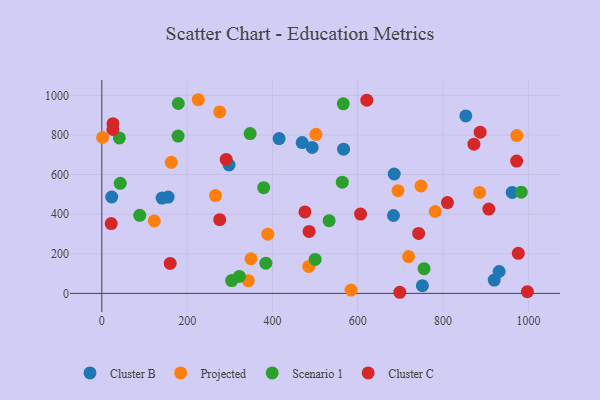
{"axis": {"x": "Experience", "y": "Demand"}, "legend": ["Cluster B", "Cluster C", "Projected", "Scenario 1"], "data": [{"x": "751.5", "y": 38.8, "type": "Cluster B"}, {"x": "685.4", "y": 602.9, "type": "Cluster B"}, {"x": "415.6", "y": 781.7, "type": "Cluster B"}, {"x": "962.0", "y": 509.7, "type": "Cluster B"}, {"x": "141.3", "y": 481.2, "type": "Cluster B"}, {"x": "853.3", "y": 896.2, "type": "Cluster B"}, {"x": "919.9", "y": 67.2, "type": "Cluster B"}, {"x": "931.4", "y": 110.6, "type": "Cluster B"}, {"x": "298.3", "y": 648.4, "type": "Cluster B"}, {"x": "469.7", "y": 761.4, "type": "Cluster B"}, {"x": "493.2", "y": 736.6, "type": "Cluster B"}, {"x": "683.7", "y": 393.3, "type": "Cluster B"}, {"x": "155.5", "y": 486.2, "type": "Cluster B"}, {"x": "23.2", "y": 486.7, "type": "Cluster B"}, {"x": "566.7", "y": 728.4, "type": "Cluster B"}, {"x": "349.7", "y": 174.8, "type": "Projected"}, {"x": "748.2", "y": 542.3, "type": "Projected"}, {"x": "885.6", "y": 509.8, "type": "Projected"}, {"x": "343.3", "y": 64.4, "type": "Projected"}, {"x": "719.1", "y": 185.9, "type": "Projected"}, {"x": "694.4", "y": 518.8, "type": "Projected"}, {"x": "162.9", "y": 661.8, "type": "Projected"}, {"x": "485.2", "y": 136.3, "type": "Projected"}, {"x": "226.2", "y": 977.9, "type": "Projected"}, {"x": "266.5", "y": 493.8, "type": "Projected"}, {"x": "123.1", "y": 365.7, "type": "Projected"}, {"x": "389.1", "y": 299.1, "type": "Projected"}, {"x": "276.4", "y": 916.1, "type": "Projected"}, {"x": "972.9", "y": 797.1, "type": "Projected"}, {"x": "1.9", "y": 787.1, "type": "Projected"}, {"x": "584.2", "y": 16.5, "type": "Projected"}, {"x": "501.9", "y": 803.0, "type": "Projected"}, {"x": "781.5", "y": 413.4, "type": "Projected"}, {"x": "532.8", "y": 366.9, "type": "Scenario 1"}, {"x": "322.5", "y": 85.5, "type": "Scenario 1"}, {"x": "179.3", "y": 958.9, "type": "Scenario 1"}, {"x": "304.4", "y": 64.5, "type": "Scenario 1"}, {"x": "41.1", "y": 784.9, "type": "Scenario 1"}, {"x": "983.3", "y": 511.3, "type": "Scenario 1"}, {"x": "347.7", "y": 806.8, "type": "Scenario 1"}, {"x": "500.1", "y": 171.5, "type": "Scenario 1"}, {"x": "88.9", "y": 394.3, "type": "Scenario 1"}, {"x": "384.6", "y": 152.4, "type": "Scenario 1"}, {"x": "379.5", "y": 533.9, "type": "Scenario 1"}, {"x": "178.7", "y": 794.1, "type": "Scenario 1"}, {"x": "563.7", "y": 561.7, "type": "Scenario 1"}, {"x": "43.2", "y": 556.0, "type": "Scenario 1"}, {"x": "566.0", "y": 957.1, "type": "Scenario 1"}, {"x": "755.4", "y": 124.8, "type": "Scenario 1"}, {"x": "872.3", "y": 753.2, "type": "Cluster C"}, {"x": "810.2", "y": 458.6, "type": "Cluster C"}, {"x": "25.9", "y": 827.5, "type": "Cluster C"}, {"x": "26.1", "y": 856.8, "type": "Cluster C"}, {"x": "976.3", "y": 202.1, "type": "Cluster C"}, {"x": "606.5", "y": 400.6, "type": "Cluster C"}, {"x": "886.9", "y": 813.8, "type": "Cluster C"}, {"x": "621.3", "y": 975.8, "type": "Cluster C"}, {"x": "276.4", "y": 372.2, "type": "Cluster C"}, {"x": "291.5", "y": 676.3, "type": "Cluster C"}, {"x": "160.2", "y": 151.3, "type": "Cluster C"}, {"x": "742.7", "y": 302.8, "type": "Cluster C"}, {"x": "972.4", "y": 668.0, "type": "Cluster C"}, {"x": "997.6", "y": 8.5, "type": "Cluster C"}, {"x": "698.5", "y": 5.6, "type": "Cluster C"}, {"x": "22.0", "y": 352.3, "type": "Cluster C"}, {"x": "476.2", "y": 411.1, "type": "Cluster C"}, {"x": "485.9", "y": 312.7, "type": "Cluster C"}, {"x": "907.2", "y": 425.9, "type": "Cluster C"}]}